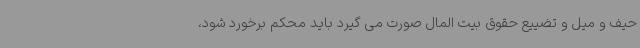
حیف و میل و تضییع حقوق بیت المال صورت می گیرد باید محکم برخورد شود،